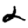
Digit: 2